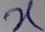
Text: X